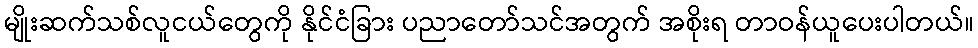
မျိုးဆက်သစ်လူငယ်တွေကို နိုင်ငံခြား ပညာတော်သင်အတွက် အစိုးရ တာဝန်ယူပေးပါတယ်။